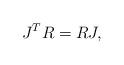
LaTeX: \begin{align*}J^TR=RJ,\end{align*}